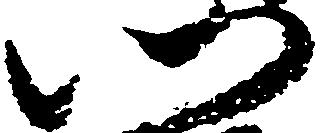
門